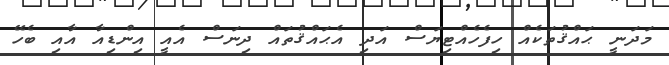
މަދަނީ ޙައްޤުތަކެއް ހިފެހެއްޓިޔަސް އަދި އެޙައްޤުތައް ދިނަސް އެއީ އިންޑިއާ އާއި ބެހޭ